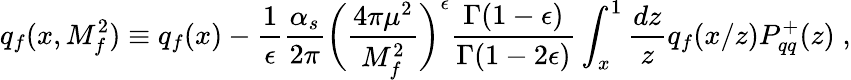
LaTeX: q_{f}(x,M_{f}^{2})\equiv q_{f}(x)-{\frac{1}{\epsilon}}{\frac{\alpha_{s}}{2\pi}}{\biggl({\frac{4\pi\mu^{2}}{M_{f}^{2}}}\biggr)}^{\epsilon}{\frac{\Gamma(1-\epsilon)}{\Gamma(1-2\epsilon)}}\int_{x}^{1}{\frac{dz}{z}}q_{f}(x/z)P_{qq}^{+}(z)\; ,